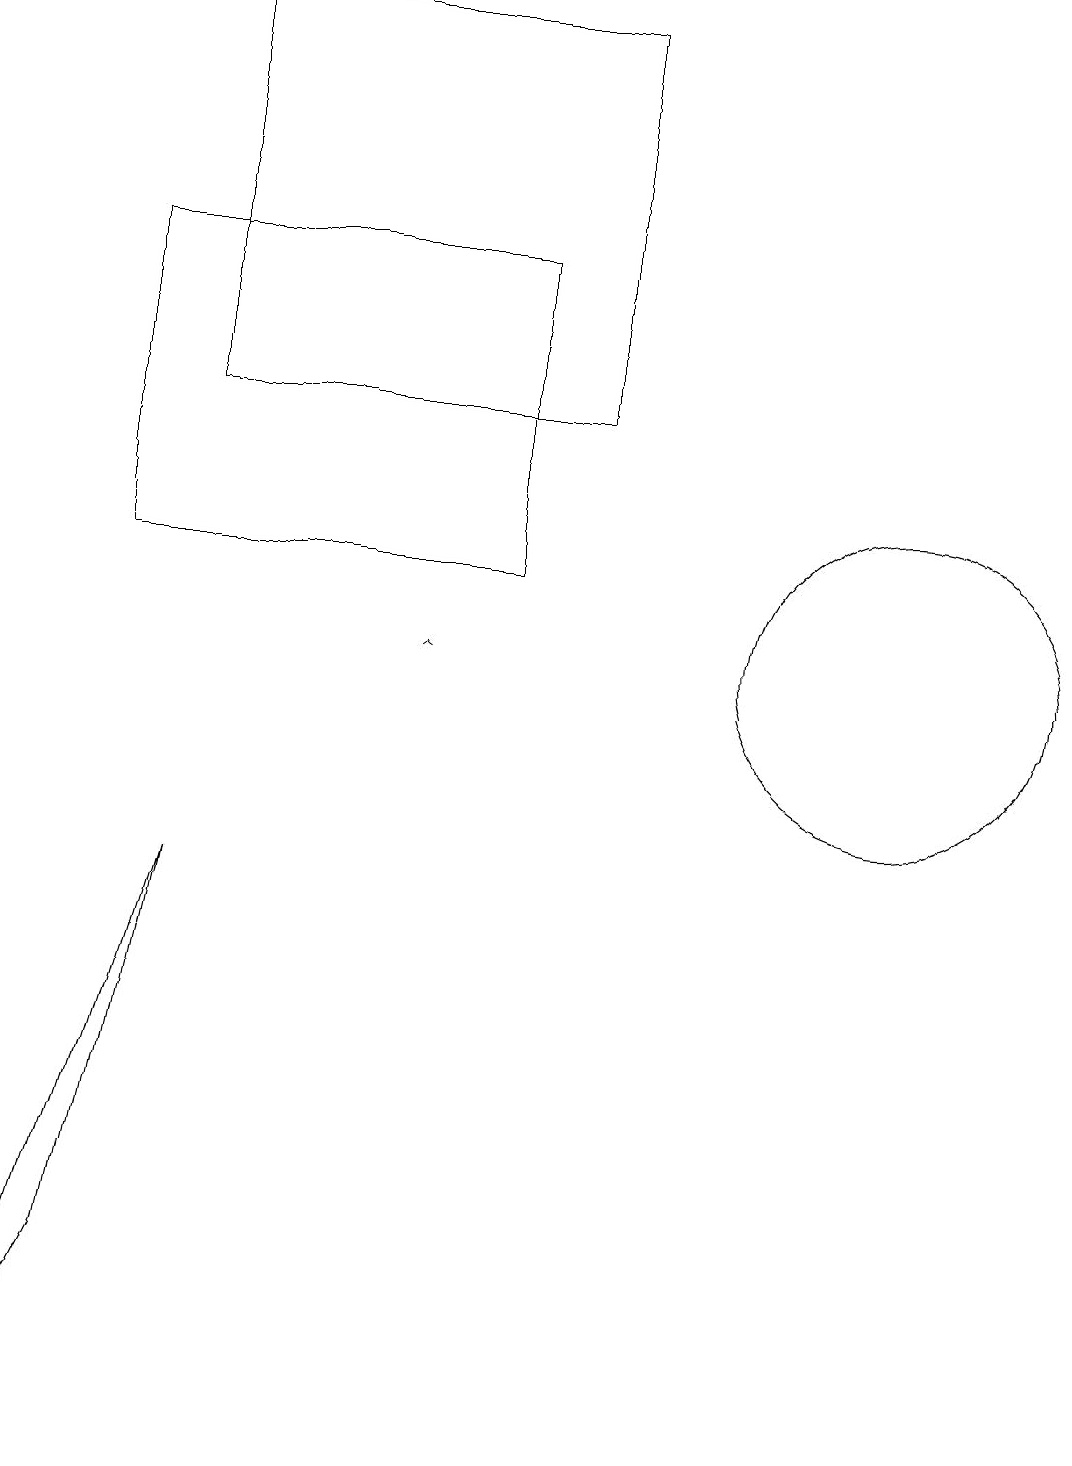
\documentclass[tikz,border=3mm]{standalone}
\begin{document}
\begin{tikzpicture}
\draw[->] (5,11) -- (5,11);
\draw (1,3) -- (2,8) -- (0,1) -- cycle;
\draw (7,14) rectangle (2,19);
\draw (11,11) circle (2);
\draw (6,16) rectangle (1,12);
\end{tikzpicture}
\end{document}